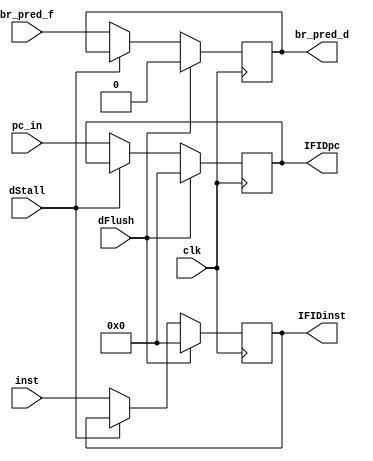
module IFID(
    input clk,
    
    input [31:0]pc_in,
    input [31:0] inst,
    input dStall,

    output reg [31:0] IFIDpc,
    output reg [31:0] IFIDinst,
    
    //hazard_detection
    input dFlush,

    input br_pred_f,
    output reg br_pred_d
);

always@(posedge clk) begin
    if(dFlush) begin
        IFIDpc <= 32'b0;
        IFIDinst <= 32'b0;
        br_pred_d <= 32'b0;
    end
    else if(dStall) begin
        IFIDpc <= IFIDpc;
        IFIDinst <= IFIDinst;
        br_pred_d <= br_pred_d;
    end
    else begin
        IFIDpc <= pc_in;
        IFIDinst <= inst;
        br_pred_d <= br_pred_f;
    end
end

endmodule